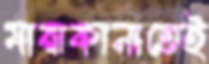
মারাকানাতেই